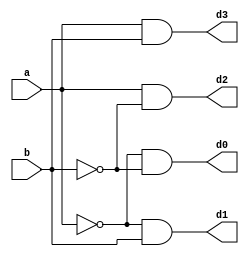
module decoder2_4(input a,b, output d0,d1,d2,d3);
    assign d0=(~a)&(~b);
    assign d1=(~a)&(b);
    assign d2=(a)&(~b);
    assign d3=a&b;
endmodule